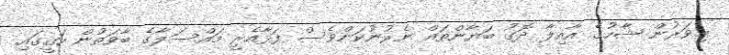
މިވަރުން ޝާހުގެ އާއިލާ ދޮގު ބަޔާންތައް ނެރުނުކަންވެސް ފަޅާއެރީ މައްސަލާގެ ބާވަތުން ހަގީގައި